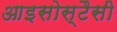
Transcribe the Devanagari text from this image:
आइसोस्टैसी